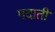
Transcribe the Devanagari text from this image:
पदाती